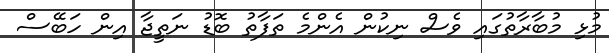
މުޅި މުބާރާތުގައި ވެސް ނިކުން އެންމެ ތަފާތު ބޮޑު ނަތީޖާ އިން ހަބޭސް